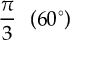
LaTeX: { \frac { \pi } { 3 } } \ \ ( 6 0 ^ { \circ } )